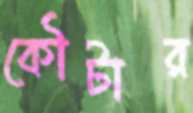
কৌটার